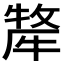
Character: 𭷯